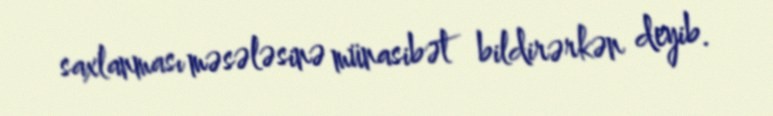
saxlanması məsələsinə münasibət bildirərkən deyib.